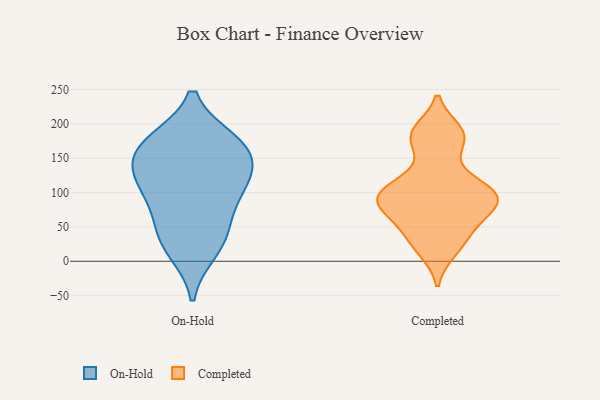
{"axis": {"x": "Production Output", "y": "Value"}, "legend": ["Completed", "On-Hold"], "data": [{"x": "", "y": 17, "type": "On-Hold"}, {"x": "", "y": 93, "type": "On-Hold"}, {"x": "", "y": 115, "type": "On-Hold"}, {"x": "", "y": 170, "type": "On-Hold"}, {"x": "", "y": 133, "type": "On-Hold"}, {"x": "", "y": 106, "type": "On-Hold"}, {"x": "", "y": 49, "type": "On-Hold"}, {"x": "", "y": 152, "type": "On-Hold"}, {"x": "", "y": 169, "type": "On-Hold"}, {"x": "", "y": 34, "type": "On-Hold"}, {"x": "", "y": 173, "type": "On-Hold"}, {"x": "", "y": 104, "type": "Completed"}, {"x": "", "y": 78, "type": "Completed"}, {"x": "", "y": 68, "type": "Completed"}, {"x": "", "y": 181, "type": "Completed"}, {"x": "", "y": 100, "type": "Completed"}, {"x": "", "y": 103, "type": "Completed"}, {"x": "", "y": 52, "type": "Completed"}, {"x": "", "y": 186, "type": "Completed"}, {"x": "", "y": 91, "type": "Completed"}, {"x": "", "y": 189, "type": "Completed"}, {"x": "", "y": 127, "type": "Completed"}, {"x": "", "y": 39, "type": "Completed"}, {"x": "", "y": 16, "type": "Completed"}, {"x": "", "y": 172, "type": "Completed"}, {"x": "", "y": 77, "type": "Completed"}, {"x": "", "y": 96, "type": "Completed"}, {"x": "", "y": 23, "type": "Completed"}, {"x": "", "y": 94, "type": "Completed"}]}